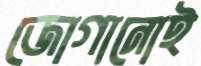
জোগানোই